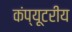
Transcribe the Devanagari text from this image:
कंप्यूटरीय